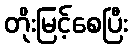
တိုးမြင့်စေပြီး